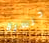
جنسية